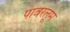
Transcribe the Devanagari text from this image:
पावरलूम